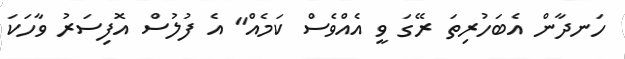
ހަނދާން އެބަހުރިތަ ރޭގަ ވީ އެއްވެސް ކަމެއް" އެ ފުލުސް އޮފިސަރު ވާހަކަ